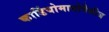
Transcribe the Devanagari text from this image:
कार्डियोमायोपैथीज